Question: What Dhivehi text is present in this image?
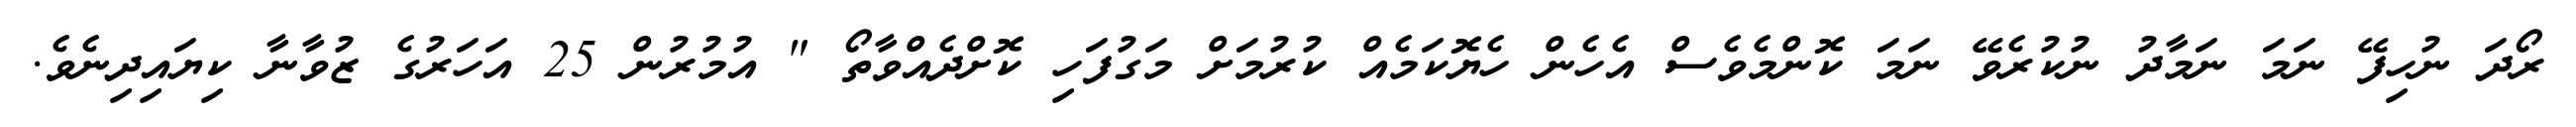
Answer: ރޯދަ ނުހިފޭ ނަމަ ނަމާދު ނުކުރެވޭ ނަމަ ކޮންމެވެސް އެހެން ހެޔޮކަމެއް ކުރުމަށް މަގުފަހި ކޮށްދެއްވާތޯ " އުމުރުން 25 އަހަރުގެ ޒުވާނާ ކިޔައިދިނެވެ.